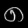
Digit: ၈